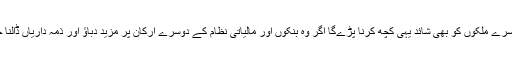
چنانچہ دوسرے ملکوں کو بھی شائد یہی کُچھ کرنا پڑےگا اگر وُہ بنکوں اور مالیاتی نظام کے دوسرے ارکان پر مزید دباؤ اور ذمہ داریاں ڈالنا چاہتے ہیں۔